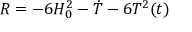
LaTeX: R = - 6 H _ { 0 } ^ { 2 } - \dot { T } - 6 T ^ { 2 } ( t )